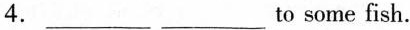
4. ___ ___to some fish.